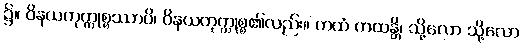
၌။ ဝိနယကုက္ကုစ္စဿာပိ၊ ဝိနယကုက္ကုစ္စ၏လည်း။ ကထံ ကထန္တိ၊ သို့လော သို့လော